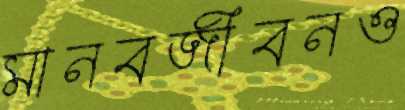
মানবজীবনও